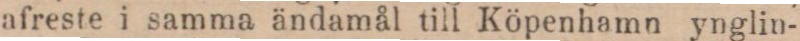
afreste i samma ändamål till Köpenhamn ynglin-